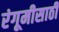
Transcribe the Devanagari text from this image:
रंगूमीसाठी